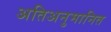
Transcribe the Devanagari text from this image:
अतिअनुमानित